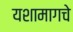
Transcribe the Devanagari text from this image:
यशामागचे